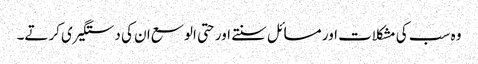
وہ سب کی مشکلات اور مسائل سنتے اور حتی الوسع ان کی دستگیری کرتے۔